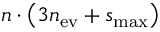
n \cdot \big ( 3 n _ { \mathrm { e v } } + s _ { \mathrm { m a x } } \big )